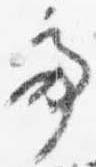
亭